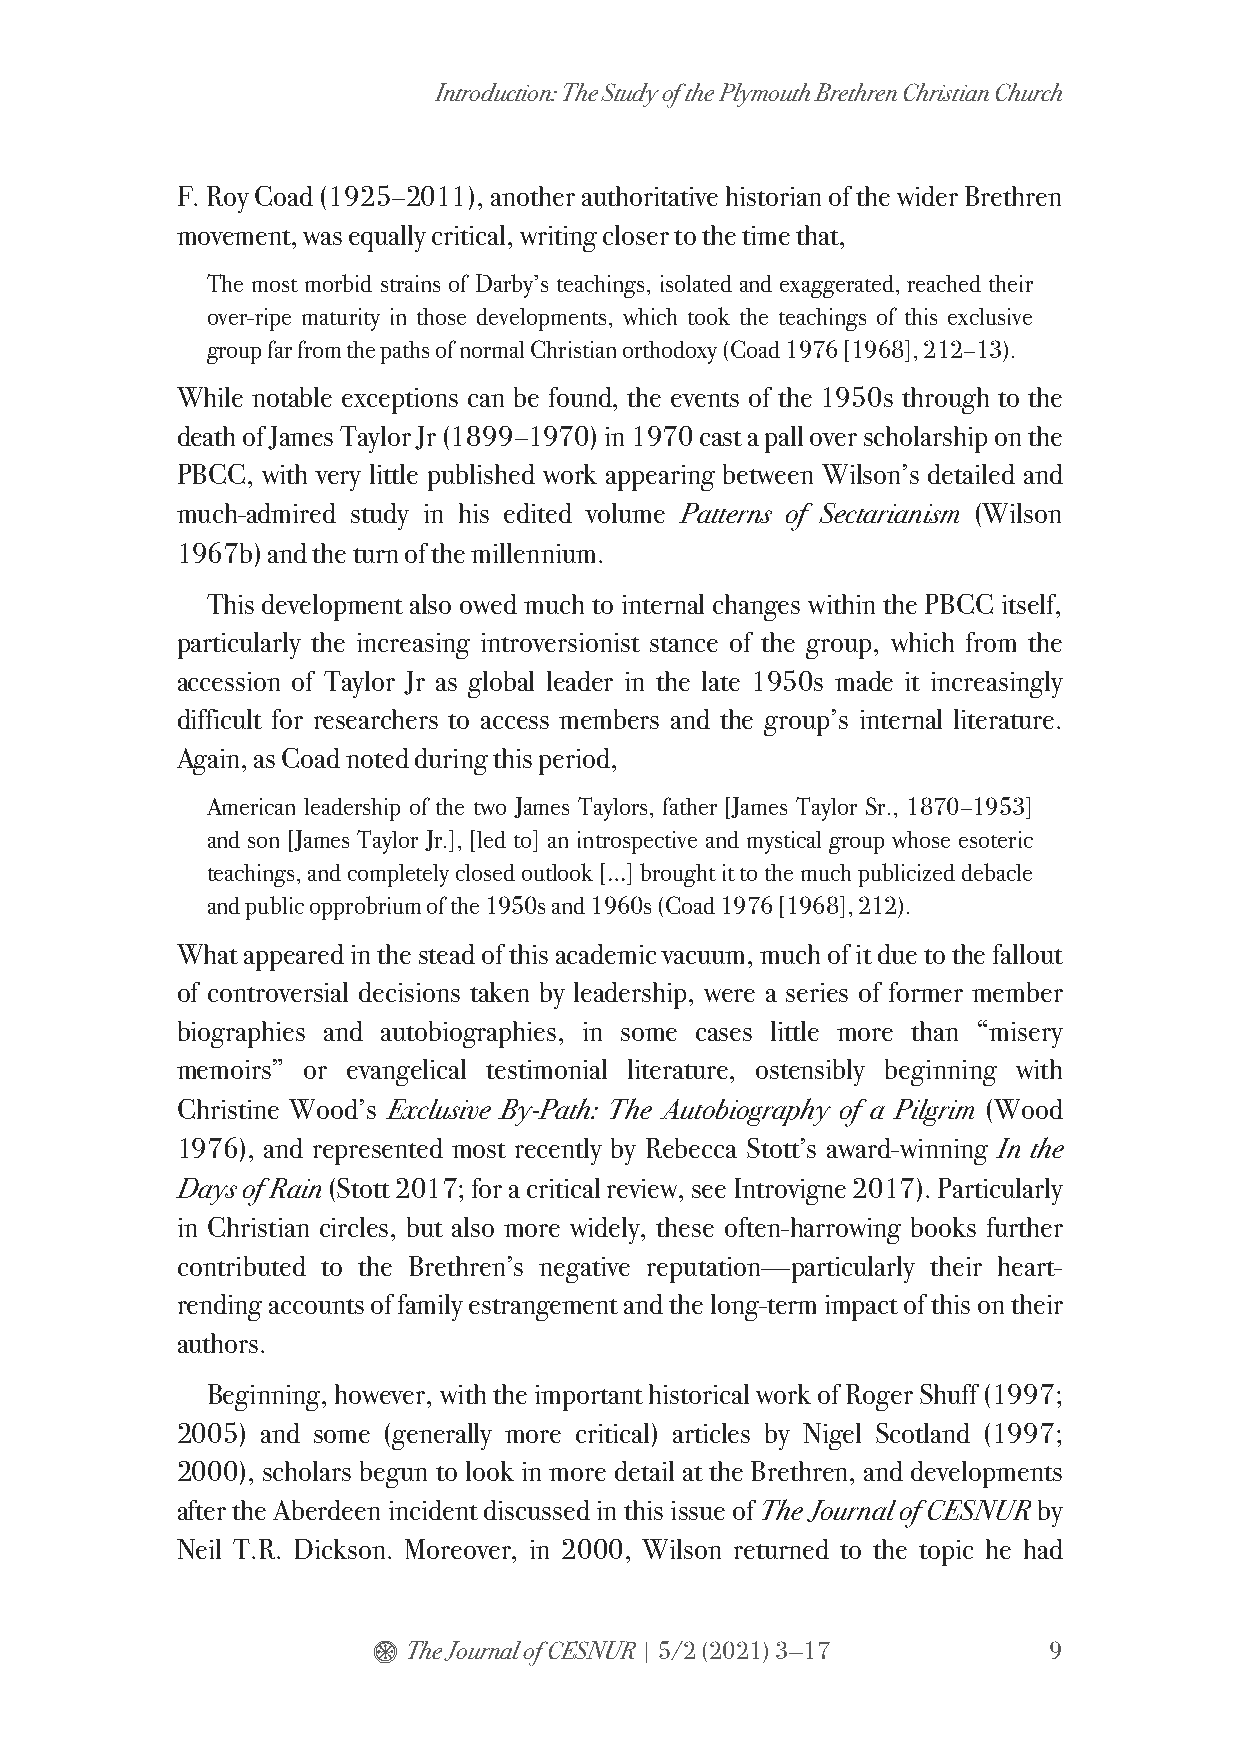
Introduction: The Study of the Plymouth Brethren Christian Church
 F. Roy Coad (1925–2011), another authoritative historian of the wider Brethren
 movement, was equally critical, writing closer to the time that,
 The most morbid strains of Darby’s teachings, isolated and exaggerated, reached their
 over-ripe maturity in those developments, which took the teachings of this exclusive
 group far from the paths of normal Christian orthodoxy (Coad 1976 [1968], 212–13).
 While notable exceptions can be found, the events of the 1950s through to the
 death of James Taylor Jr (1899–1970) in 1970 cast a pall over scholarship on the
 PBCC, with very little published work appearing between Wilson’s detailed and
 much-admired study in his edited volume Patterns of Sectarianism (Wilson
 1967b) and the turn of the millennium.
 This development also owed much to internal changes within the PBCC itself,
 particularly the increasing introversionist stance of the group, which from the
 accession of Taylor Jr as global leader in the late 1950s made it increasingly
 difficult for researchers to access members and the group’s internal literature.
 Again, as Coad noted during this period,
 American leadership of the two James Taylors, father [James Taylor Sr., 1870–1953]
 and son [James Taylor Jr.], [led to] an introspective and mystical group whose esoteric
 teachings, and completely closed outlook […] brought it to the much publicized debacle
 and public opprobrium of the 1950s and 1960s (Coad 1976 [1968], 212).
 What appeared in the stead of this academic vacuum, much of it due to the fallout
 of controversial decisions taken by leadership, were a series of former member
 biographies and autobiographies, in some cases little more than “misery
 memoirs” or evangelical testimonial literature, ostensibly beginning with
 Christine Wood’s Exclusive By-Path: The Autobiography of a Pilgrim (Wood
 1976), and represented most recently by Rebecca Stott’s award-winning In the
 Days of Rain (Stott 2017; for a critical review, see Introvigne 2017). Particularly
 in Christian circles, but also more widely, these often-harrowing books further
 contributed to the Brethren’s negative reputation—particularly their heart-
 rending accounts of family estrangement and the long-term impact of this on their
 authors.
 Beginning, however, with the important historical work of Roger Shuff (1997;
 2005) and some (generally more critical) articles by Nigel Scotland (1997;
 2000), scholars begun to look in more detail at the Brethren, and developments
 after the Aberdeen incident discussed in this issue of The Journal of CESNUR by
 Neil T.R. Dickson. Moreover, in 2000, Wilson returned to the topic he had
 $ The Journal of CESNUR | 5/2 (2021) 3—17   9